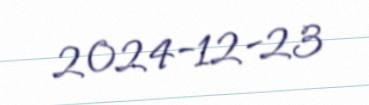
2024-12-23